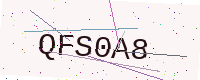
Text: QFS0A8